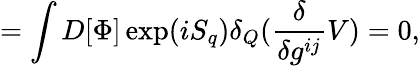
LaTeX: =\int D[\Phi]\exp(iS_{q})\delta_{Q}(\frac{\delta}{\delta g^{ij}}V)=0,